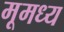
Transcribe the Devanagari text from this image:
मूमध्य